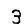
Digit: 3